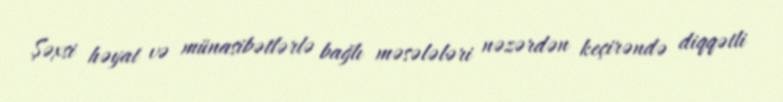
Şəxsi həyat və münasibətlərlə bağlı məsələləri nəzərdən keçirəndə diqqətli